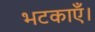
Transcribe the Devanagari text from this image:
भटकाएँ।